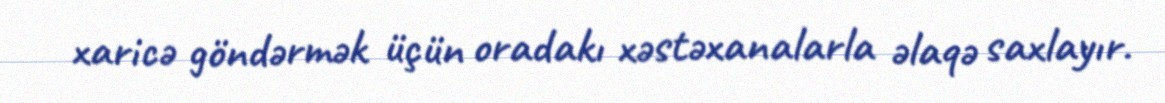
xaricə göndərmək üçün oradakı xəstəxanalarla əlaqə saxlayır.